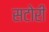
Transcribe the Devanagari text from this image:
सटोरी